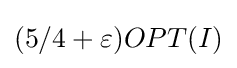
(5/4+\varepsilon )OPT(I)